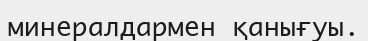
минералдармен қанығуы.